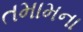
તમામના